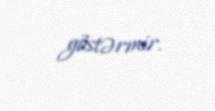
göstərmir.